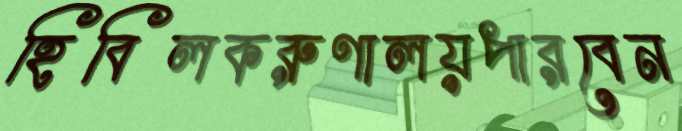
হিবিলকরুণালয়পারবেন